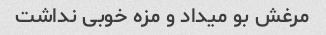
مرغش بو میداد و مزه خوبی نداشت